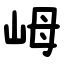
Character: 㟂